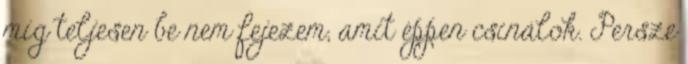
míg teljesen be nem fejezem, amit éppen csinálok. Persze